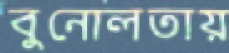
বুনোলতায়